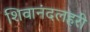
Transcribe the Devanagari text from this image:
शिवानंदलहरी